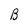
Character: B